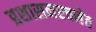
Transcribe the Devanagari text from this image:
प्रशासनरचनेत